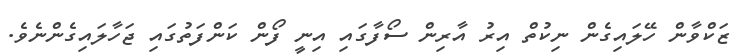
ޒަކްވާން ހޭލައިގެން ނިކުތް އިރު އާރިން ސޯފާގައި އިނީ ފޯން ކަންފަތުގައި ޖަހާލައިގެންނެވެ.